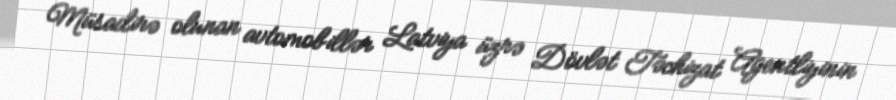
Müsadirə olunan avtomobillər Latviya üzrə Dövlət Təchizat Agentliyinin